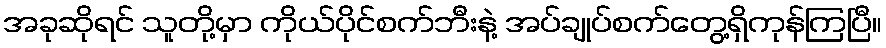
အခုဆိုရင် သူတို့မှာ ကိုယ်ပိုင်စက်ဘီးနဲ့ အပ်ချုပ်စက်တွေ့ရှိကုန်ကြပြီ။